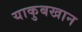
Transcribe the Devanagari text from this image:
याकुबखान